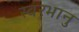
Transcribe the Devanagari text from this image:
स्वरभानु